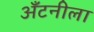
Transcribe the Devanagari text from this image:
अँटनीला